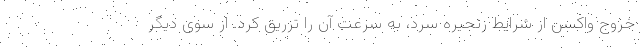
خروج واکسن از شرایط زنجیره سرد، به سرعت آن را تزریق کرد. از سوی دیگر